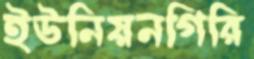
ইউনিয়নগিরি